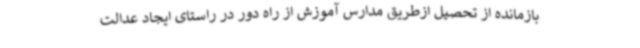
بازمانده از تحصیل ازطریق مدارس آموزش از راه دور در راستای ایجاد عدالت